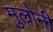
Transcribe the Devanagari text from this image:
मुल्रोनी